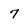
Character: 7